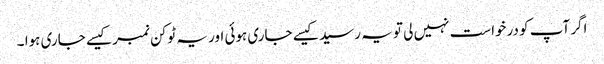
اگر آپ کو درخواست نہیں لی تو یہ رسید کیسے جاری ہوئی اور یہ ٹوکن نمبر کیسے جاری ہوا ۔